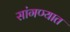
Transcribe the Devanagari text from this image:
सांगण्‍यात